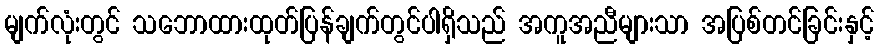
မျက်လုံးတွင် သဘောထားထုတ်ပြန်ချက်တွင်ပါရှိသည် အကူအညီများသာ အပြစ်တင်ခြင်းနှင့်